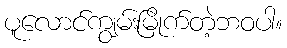
ပူလောင်ကျွမ်းမြိုက်တဲ့ဘဝပါ။